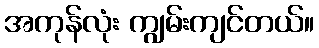
အကုန်လုံး ကျွမ်းကျင်တယ်။